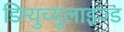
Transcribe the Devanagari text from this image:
डिम्युच्युलाइज्ड